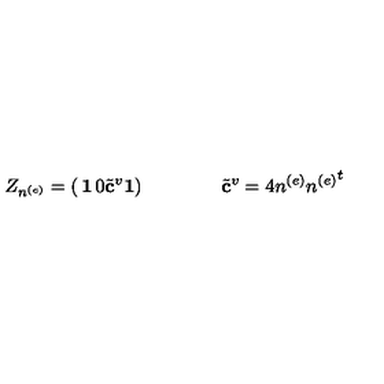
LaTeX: Z _ { n ^ { ( e ) } } = \left( \begin{matrix} { { \bf 1 } } & { 0 } \\ { { { \tilde { \bf c } } ^ { v } } } & { { \bf 1 } } \\ \end{matrix} \right) \qquad \qquad { \tilde { \bf c } } ^ { v } = 4 n ^ { ( e ) } { n ^ { ( e ) } } ^ { t }